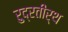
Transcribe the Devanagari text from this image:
रुद्रतीर्थ